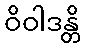
ဝိဝါဒန္တိ